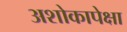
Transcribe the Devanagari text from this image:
अशोकापेक्षा